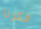
فكرنا